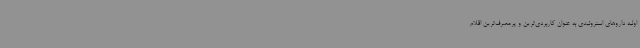
اولیه داروهای استروئیدی به عنوان کاربردی‌ترین و پرمصرف‌ترین اقلام